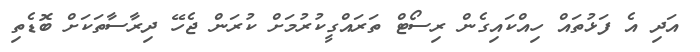
އަދި އެ ފަޅުތައް ހިއްކައިގެން ރިސޯޓް ތަރައްގީކުރުމަށް ކުރަން ޖެހޭ ދިރާސާތަކަށް ބޮޑެތި